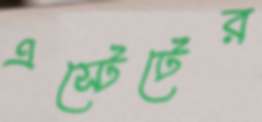
এস্টেটের